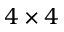
4 \times 4